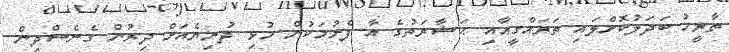
ތާރީހު ބަދަލުކޮށްލައި ތަރައްގީއާއި ޙަޟާރަތުގެ އާ ފެށުމަކުން މުޅި ދުނިޔެއަށް ދިރުން ގެނެސްދިން